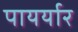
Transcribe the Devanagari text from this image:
पायर्यार